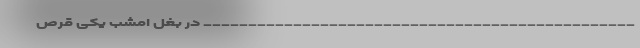
________________________________________________ در بغل امشب یکى قرص